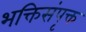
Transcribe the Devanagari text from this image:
भक्तिसंपृक्त